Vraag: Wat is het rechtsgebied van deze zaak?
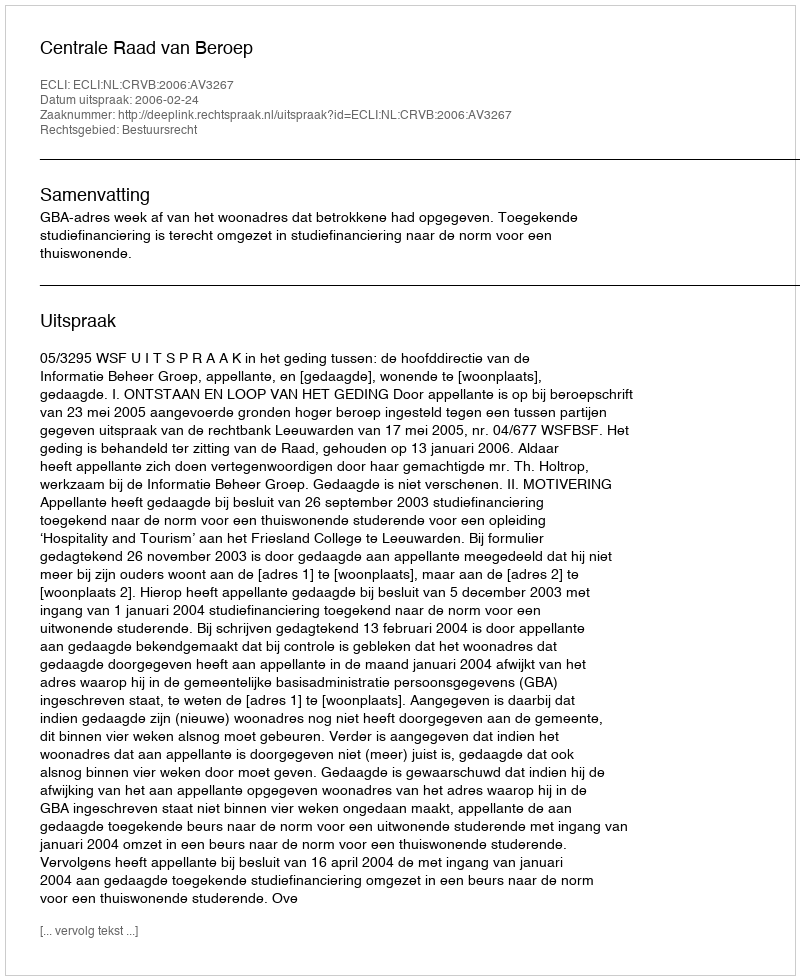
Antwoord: Bestuursrecht